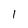
Character: 1